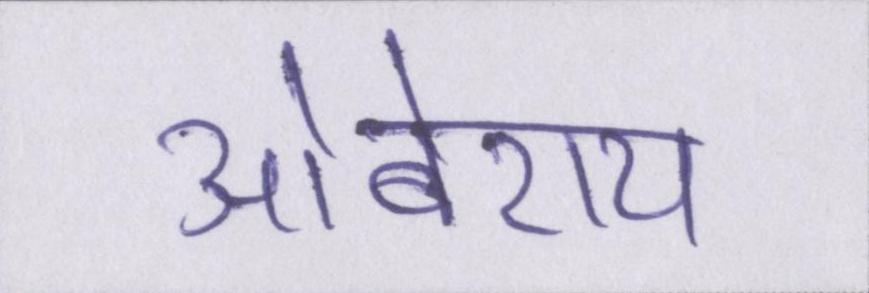
ओबेराय